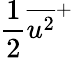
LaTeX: \frac{1}{2}\overline{{u^{2}}}^{+}